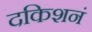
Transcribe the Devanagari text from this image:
दकिशनं